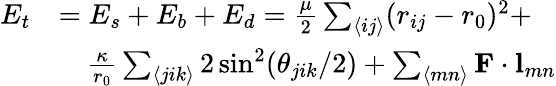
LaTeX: \begin{array}{rl}{E_{t}}&{=E_{s}+E_{b}+E_{d}=\frac{\mu}{2}\sum_{\langle ij\rangle}(r_{ij}-r_{0})^{2}+}\\ &{\quad\frac{\kappa}{r_{0}}\sum_{\langle jik\rangle}{2\sin^{2}(\theta_{jik}/2)}+\sum_{\langle mn\rangle}\mathbf{F}\cdot\mathbf{l}_{mn}}\end{array}